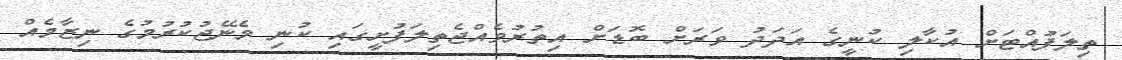
ތިލަފުއްޓަށް އުކާލި ކުނީގެ އަދަދު ވަރަށް ބޮޑަށް އިތުރުވެއްޖެތިލަފުށީގައި ކުނި މެނޭޖުކުރުމުގެ ނިޒާމެއް